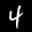
Label: 4